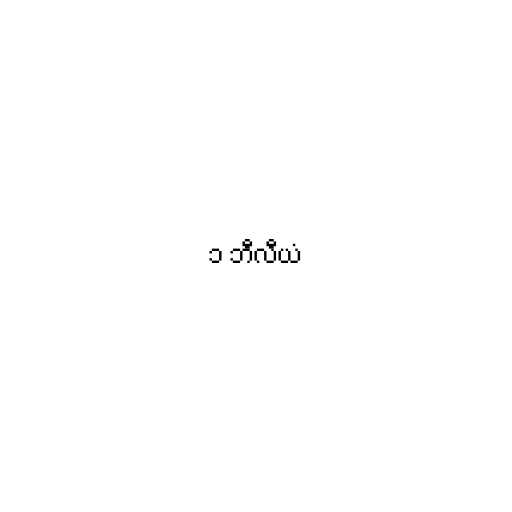
၁ ဘီလီယံ